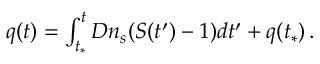
\begin{array} { r } { q ( t ) = \int _ { t _ { * } } ^ { t } D n _ { s } ( S ( t ^ { \prime } ) - 1 ) d t ^ { \prime } + q ( t _ { * } ) \, . } \end{array}